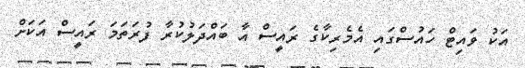
އަކު ވައިޓް ހައުސްގައި އެމެރިކާގެ ރައީސް އާ ބައްދަލުކުރާ ފުރަތަމަ ރައީސް އަކަށް